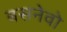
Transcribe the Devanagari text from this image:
बसनेवो